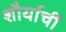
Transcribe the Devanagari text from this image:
शौर्याचीं